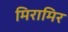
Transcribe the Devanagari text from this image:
मिरामिर